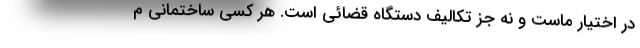
در اختیار ماست و نه جز تکالیف دستگاه قضائی است. هر کسی ساختمانی م